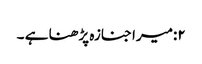
۲:میرا جنازہ پڑھنا ہے ۔